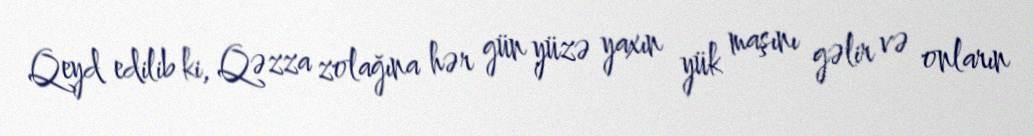
Qeyd edilib ki, Qəzza zolağına hər gün yüzə yaxın yük maşını gəlir və onların